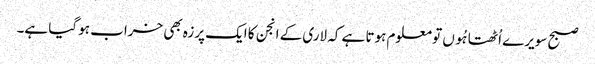
صبح سویرے اُٹھتا ہُوں تو معلوم ہوتا ہے کہ لاری کے انجن کا ایک پرزہ بھی خراب ہو گیا ہے۔